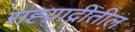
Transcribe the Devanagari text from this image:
सह्य़ाद्रीतील